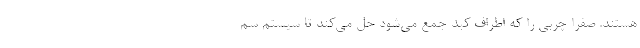
هستند. صفرا چربی را که اطراف کبد جمع می‌شود حل می‌کند تا سیستم سم